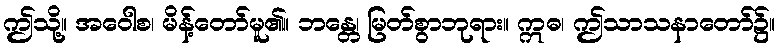
ဤသို့။ အဝေါစ၊ မိန့်တော်မူ၏။ ဘန္တေ၊ မြတ်စွာဘုရား။ ဣဓ၊ ဤသာသနာတော်၌။